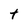
Character: t